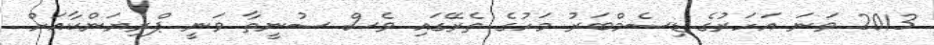
2013 ވަނަ އަހަރުގެ ޑިސެމްބަރު މަހުގެ ތެރޭގައި ވެސް ސުނީތާ ވަނީ ޕްރިޔަންކާއަށް